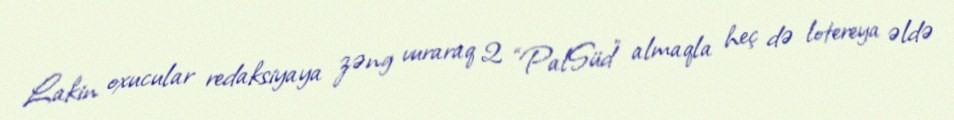
Lakin oxucular redaksiyaya zəng vuraraq 2 “PalSüd” almaqla heç də lotereya əldə